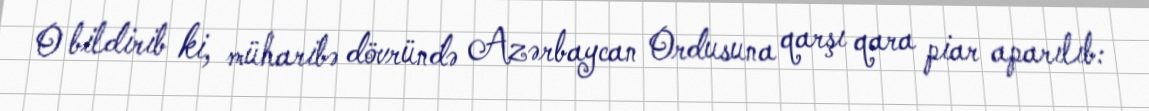
O bildirib ki, müharibə dövründə Azərbaycan Ordusuna qarşı qara piar aparılıb: